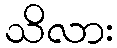
သိလား